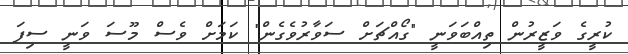
ކުރީގެ ވަޒީރުން ތިއްބަވަނީ "ގޯއްޗަށް ސަވާރުވެގެން" ކަމަށް ވެސް މޫސަ ވަނީ ސިފަ